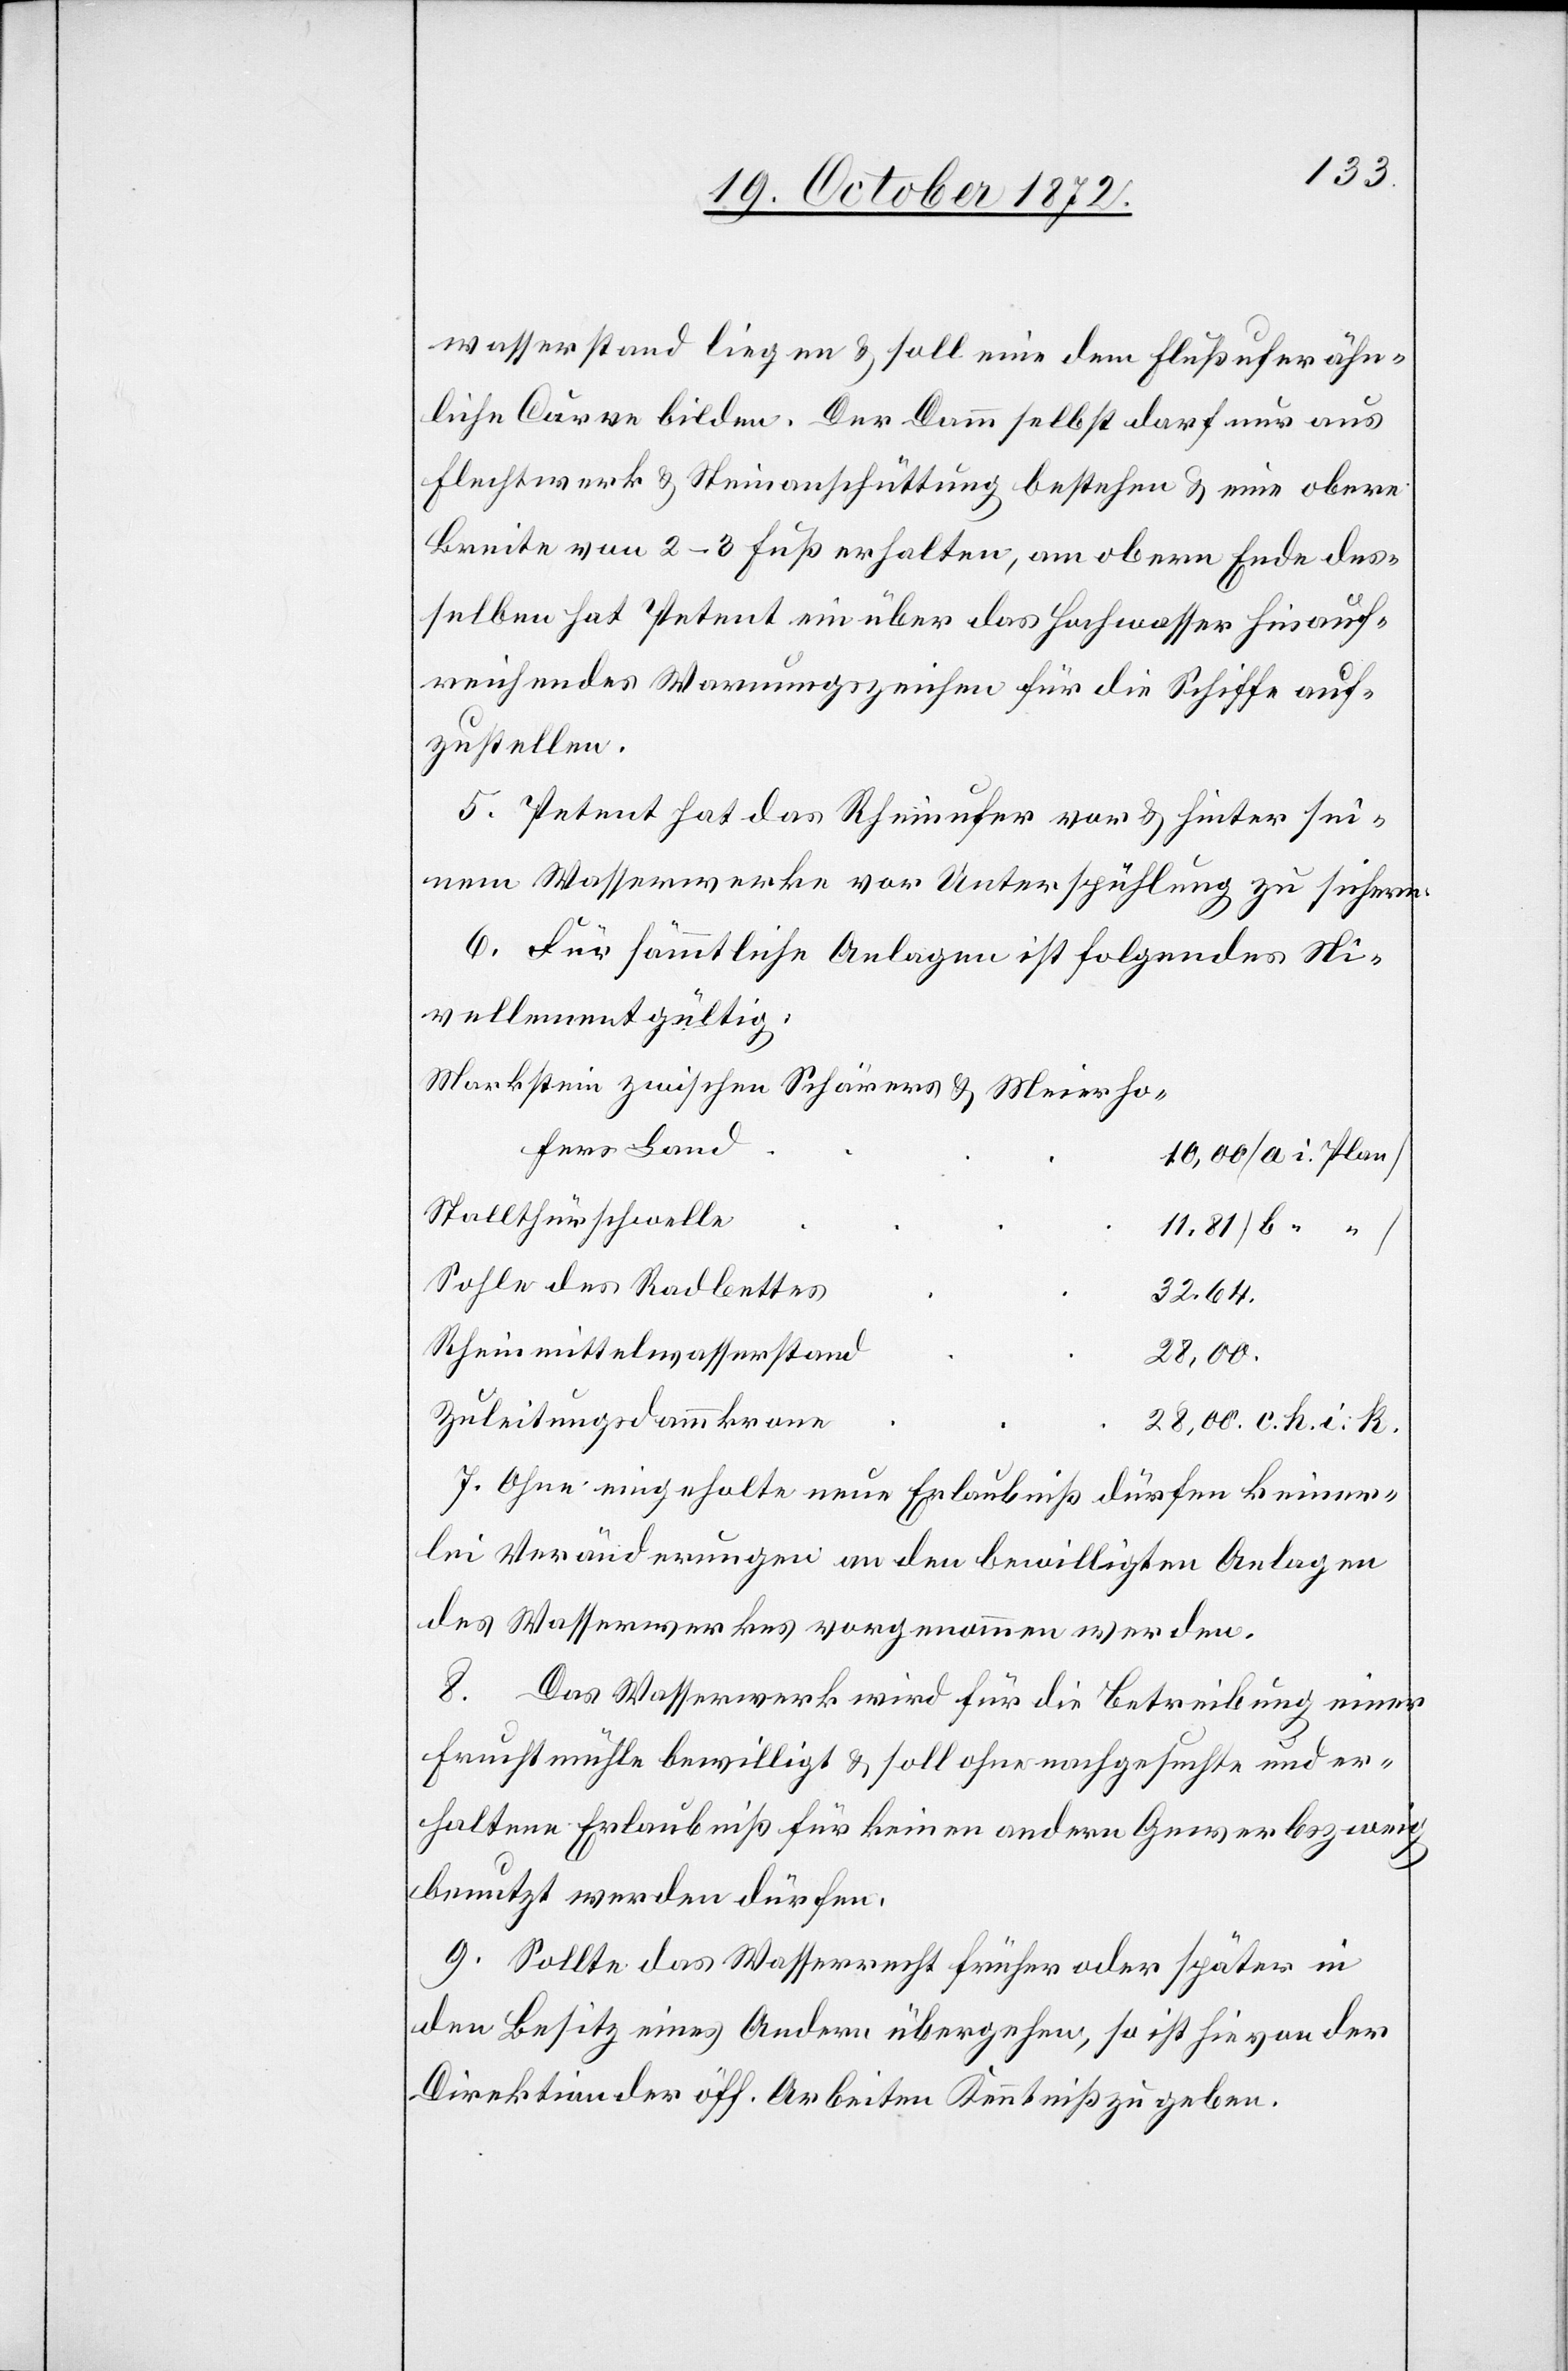
wasserstand liegen u. soll eine dem Flußufer ähn¬
liche Curve bilden. Der Damm selbst darf nur aus
Flechtwerk u. Steinanschüttung bestehen u. eine obere
Breite von 2–3 Fuß erhalten, am obern Ende des¬
selben hat Petent ein über das Hochwasser hinauf¬
reichendes Warnungszeichen für die Schiffe auf¬
zustellen.
5. Petent hat das Rheinufer vor u. hinter sei¬
nem Wasserwerke vor Unterspühlung zu sichern.
6. Für sämmtliche Anlagen ist folgendes Ni¬
vellement gültig:
Markstein zwischen Schärers u. Meierho¬
fers Land
10,00 [a i. Plan]
Stallthürschwelle
11,81 [b “
Sohle des Radbettes
32,64.
Rheinmittelwasserstand
28,00.
Zuleitungsdammkrone
28,00. c. h. i. k.
7. Ohne eingeholte neue Erlaubniß dürfen keiner¬
lei Veränderungen an den bewilligten Anlagen
des Wasserwerkes vorgenommen werden.
8. Das Wasserwerk wird für die Betreibung einer
Fruchtmühle bewilligt u. soll ohne nachgesuchte und er¬
haltene Erlaubniß für keinen andern Gewerbszweig
benutzt werden dürfen.
9. Sollte das Wasserrecht früher oder später in
den Besitz eines Andern übergehen, so ist hievon der
Direktion der öff. Arbeiten Kenntniß zu geben.